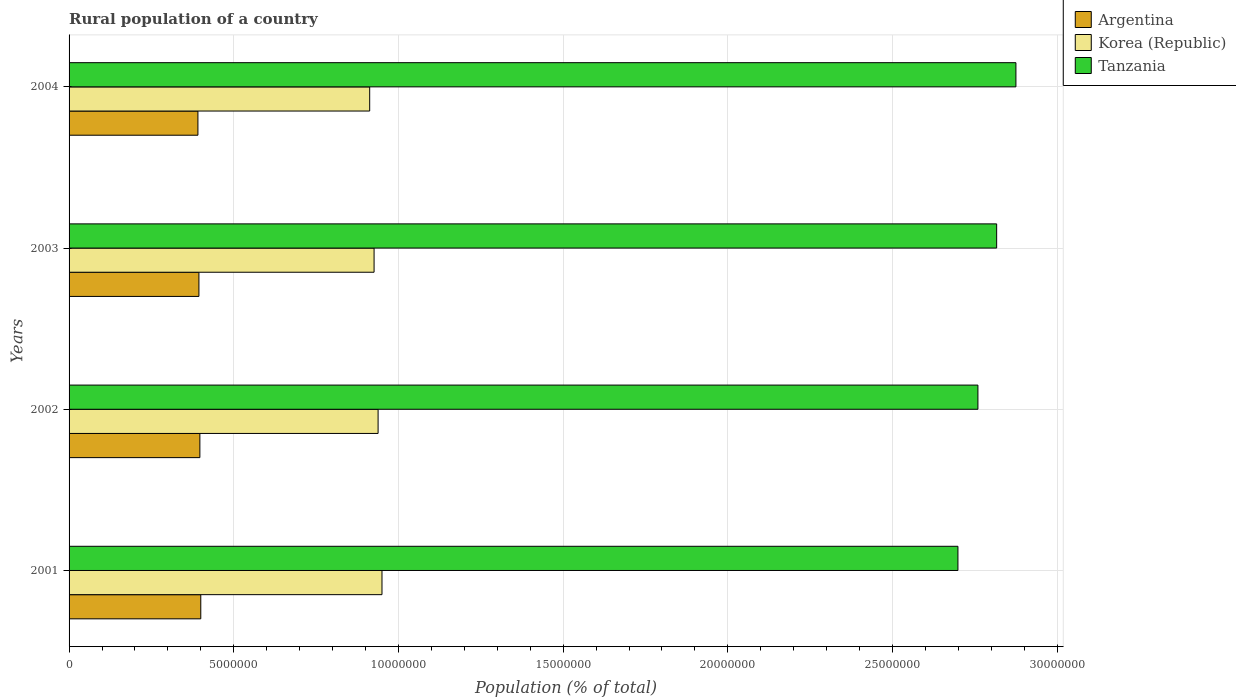
| Years | Argentina | Korea (Republic) | Tanzania |
 | --- | --- | --- | --- |
 | 2001 | 4e+06 | 9.5e+06 | 2.7e+07 |
 | 2002 | 3.97e+06 | 9.38e+06 | 2.76e+07 |
 | 2003 | 3.94e+06 | 9.26e+06 | 2.82e+07 |
 | 2004 | 3.91e+06 | 9.13e+06 | 2.87e+07 |